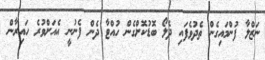
ނަޒްލާ ފުންމައިގެން ތެދުވެފައި ދެލޯ ބޮޑުކޮށްގެން ހުއްޓާ ދެން ފެނުނީ އެއަށްވުރެ ހައިރާން